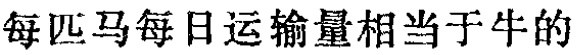
每匹马每日运输量相当于牛的